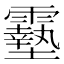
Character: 𩆔